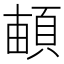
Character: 𩓏